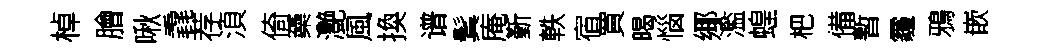
棹膾啾毳荐湏倚蘃灔風換谱鬂庵斳軼宿買暍惱鄊濫蝗杷備暫霾鴉嵌